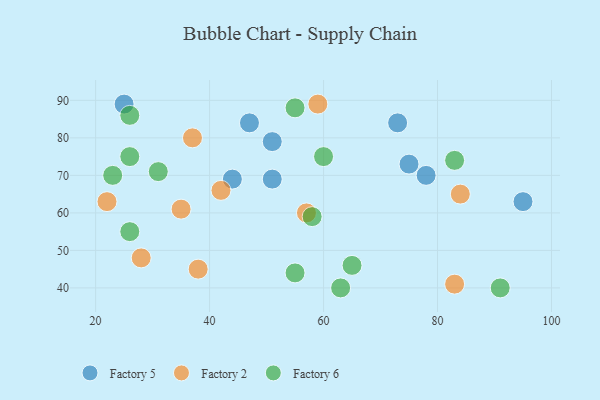
{"axis": {"x": "GDP", "y": "Life Expectancy"}, "legend": ["Factory 2", "Factory 5", "Factory 6"], "data": [{"x": "25", "y": 89, "type": "Factory 5"}, {"x": "51", "y": 79, "type": "Factory 5"}, {"x": "51", "y": 69, "type": "Factory 5"}, {"x": "78", "y": 70, "type": "Factory 5"}, {"x": "73", "y": 84, "type": "Factory 5"}, {"x": "75", "y": 73, "type": "Factory 5"}, {"x": "47", "y": 84, "type": "Factory 5"}, {"x": "95", "y": 63, "type": "Factory 5"}, {"x": "44", "y": 69, "type": "Factory 5"}, {"x": "57", "y": 60, "type": "Factory 2"}, {"x": "22", "y": 63, "type": "Factory 2"}, {"x": "84", "y": 65, "type": "Factory 2"}, {"x": "35", "y": 61, "type": "Factory 2"}, {"x": "37", "y": 80, "type": "Factory 2"}, {"x": "83", "y": 41, "type": "Factory 2"}, {"x": "38", "y": 45, "type": "Factory 2"}, {"x": "42", "y": 66, "type": "Factory 2"}, {"x": "59", "y": 89, "type": "Factory 2"}, {"x": "28", "y": 48, "type": "Factory 2"}, {"x": "65", "y": 46, "type": "Factory 6"}, {"x": "55", "y": 88, "type": "Factory 6"}, {"x": "55", "y": 44, "type": "Factory 6"}, {"x": "26", "y": 75, "type": "Factory 6"}, {"x": "23", "y": 70, "type": "Factory 6"}, {"x": "31", "y": 71, "type": "Factory 6"}, {"x": "60", "y": 75, "type": "Factory 6"}, {"x": "58", "y": 59, "type": "Factory 6"}, {"x": "63", "y": 40, "type": "Factory 6"}, {"x": "26", "y": 86, "type": "Factory 6"}, {"x": "83", "y": 74, "type": "Factory 6"}, {"x": "26", "y": 55, "type": "Factory 6"}, {"x": "91", "y": 40, "type": "Factory 6"}]}